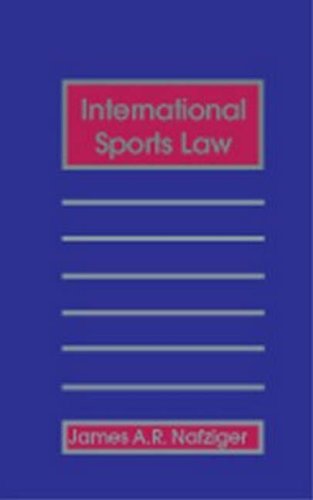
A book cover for International Sports Law; James A. R. Nafziger; Law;